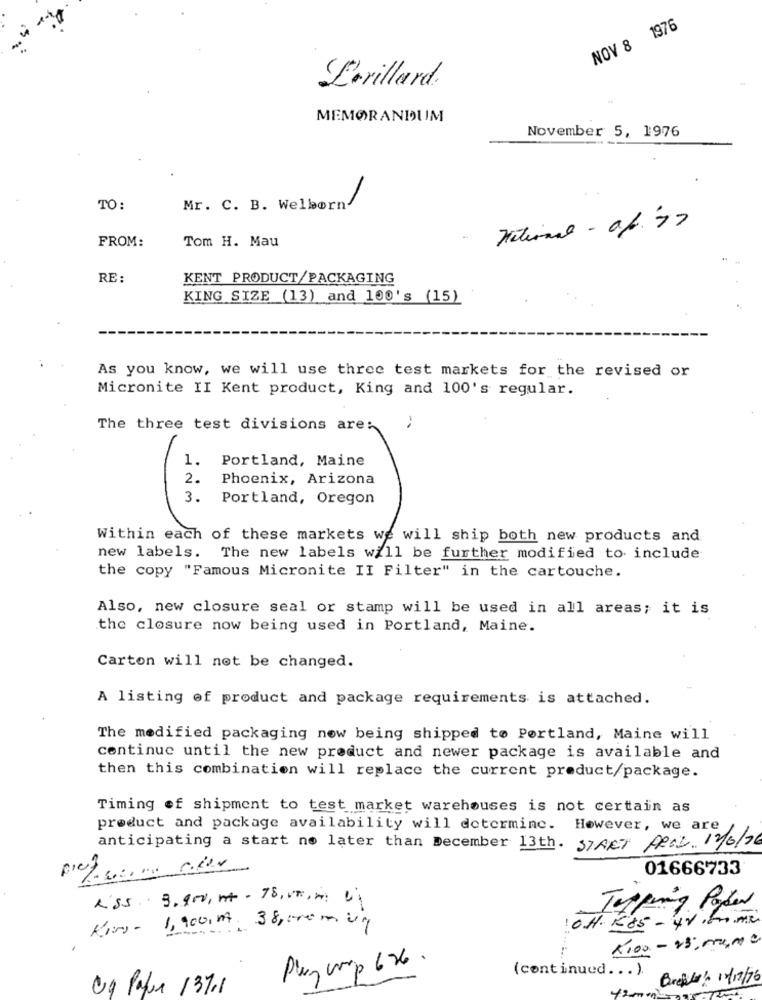
NOV 8 1976
Lorillard.
MEMORANDUM
November 5, 1976
TO:
Mr. C. B. Welborn'
FROM:
Tom H. Mau
RE:
KENT PRODUCT/PACKAGING
KING SIZE (13) and 100's (15)
As you know, we will use three test markets for the revised or
Micronite II Kent product, King and 100's regular.
-
The three test divisions are:
1.
Portland, Maine
2.
Phoenix, Arizona
3.
Portland, Oregon
Within each of these markets we will ship both new products and
new labels. The new labels will be further modified to include
the copy "Famous Micronite II Filter" in the cartouche.
Also, new closure seal or stamp will be used in all areas; it is
the closure now being used in Portland, Maine.
Carton will not be changed.
A listing of product and package requirements is attached.
The modified packaging now being shipped to Portland, Maine will
continue until the new product and newer package is available and
then this combination will replace the current product/package.
Timing of shipment to test market warehouses is not certain as
product and package availability will determine. However, we are
anticipating a start no later than December 13th. START APAL 12/6/76
01666733
Rss .. 3.900, n+- 78, 00, 0 0.
Tapping Paper
King- 1, 900, MA. 38, 000 m um
x100- 25,00,00 0
- .......
Plug cop 626 .
(continued ... ).
Bretter/ 12/17/76
09 Papua 137.1